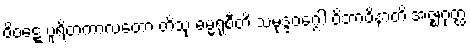
ဝိဝဋ္ဋေ ပူရိတကာလတော တိသု ဓမ္မရုစီတိ သမုဒ္ဒဝဂ္ဂေါ ဝိဘာဝိနာတိ အဇ္ဈဂုတ္ထ